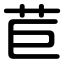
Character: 苣